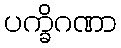
ပက္ခိဂဏာ